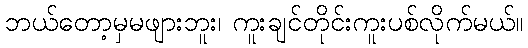
ဘယ်တော့မှမဖျားဘူး၊ ကူးချင်တိုင်းကူးပစ်လိုက်မယ်။